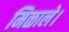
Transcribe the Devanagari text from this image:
मिळाले।